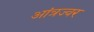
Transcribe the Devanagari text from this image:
आंत्रज्वर